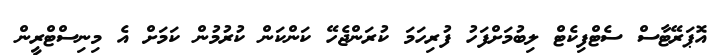
އޮޕަރޭޓާސް ސެޓްފިކެޓް ލިބުމަށްފަހު ފުރިހަމަ ކުރަންޖެހޭ ކަންކަން ކުރުމުން ކަމަށް އެ މިނިސްޓްރީން